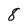
Character: 8